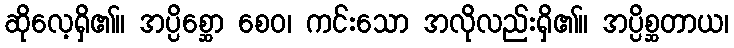
ဆိုလေ့ရှိ၏။ အပ္ပိစ္ဆော စေဝ၊ ကင်းသော အလိုလည်းရှိ၏။ အပ္ပိစ္ဆတာယ၊